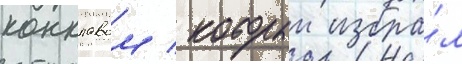
конклавом / которыи избра́л